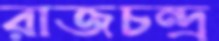
রাজচন্দ্র